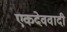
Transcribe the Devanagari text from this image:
एकदेववादी